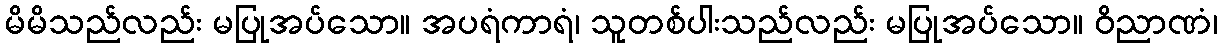
မိမိသည်လည်း မပြုအပ်သော။ အပရံကာရံ၊ သူတစ်ပါးသည်လည်း မပြုအပ်သော။ ဝိညာဏံ၊